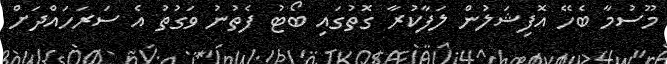
މޫސުމާ ބެހޭ އޮފިޝަލުން ލަފާކުރާ ގޮތުގައި ބޯޓު ފެތުނު ވަގުތު އެ ސަރަހައްދަށް